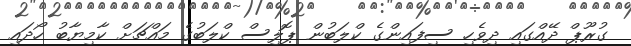
ގުރޫޕް ދޭއްގައި ދިވެހި ސިފައިންގެ ކްލަބުން ޕޮލިސް ކްލަބުގެ މައްޗަށް ކާމިޔާބު ހޯދައި